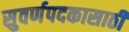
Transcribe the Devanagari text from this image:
सुवर्णपदकासाठी